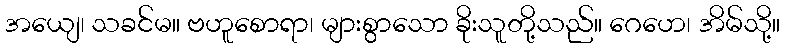
အယျေ၊ သခင်မ။ ဗဟူစောရာ၊ များစွာသော ခိုးသူတို့သည်။ ဂေဟေ၊ အိမ်သို့။